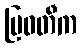
မြဝတီက